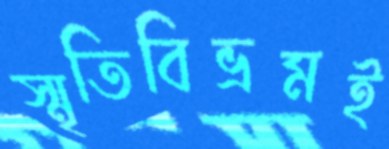
স্মৃতিবিভ্রমই